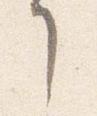
了